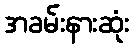
အခမ်းနားဆုံး